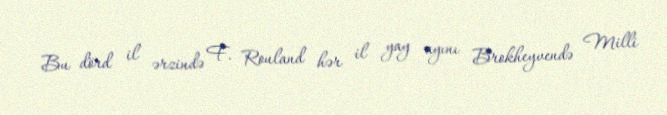
Bu dörd il ərzində F. Rouland hər il yay ayını Brokheyvendə Milli